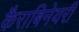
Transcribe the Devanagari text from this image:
कैराबिनेयरी